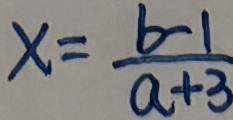
x = \frac { b - 1 } { a + 3 }